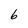
Character: 6